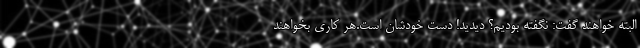
البته خواهند گفت: نگفته بودیم؟ دیدید! دست خودشان است.هر کاری بخواهند